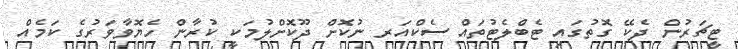
ޓީޗަރުން ދެކޭ ގޮތުގައި ޓެބްލެޓުތައް ސެކްއަރ ނުކޮށް ދޫކޮށްލުމަކީ ކުރާން ހެޔޮވާވަރުގެ ކަމެއް